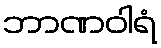
ဘာဏဝါရံ